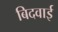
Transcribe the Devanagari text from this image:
बिदवाई